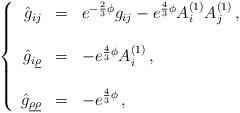
LaTeX: \begin{align*}\left\{\begin{array}{rcl}\hat{g}_{ij} & = & e^{-\frac{2}{3}\phi}g_{ij} -e^{\frac{4}{3}\phi} A^{(1)}_{i} A^{(1)}_{j}\, , \\& & \\\hat{g}_{i\underline{\rho}} & = & -e^{\frac{4}{3}\phi} A^{(1)}_{i}\, , \\& & \\\hat{g}_{\underline{\rho} \underline{\rho}} & = & -e^{\frac{4}{3}\phi}\, , \\\end{array}\right.\end{align*}